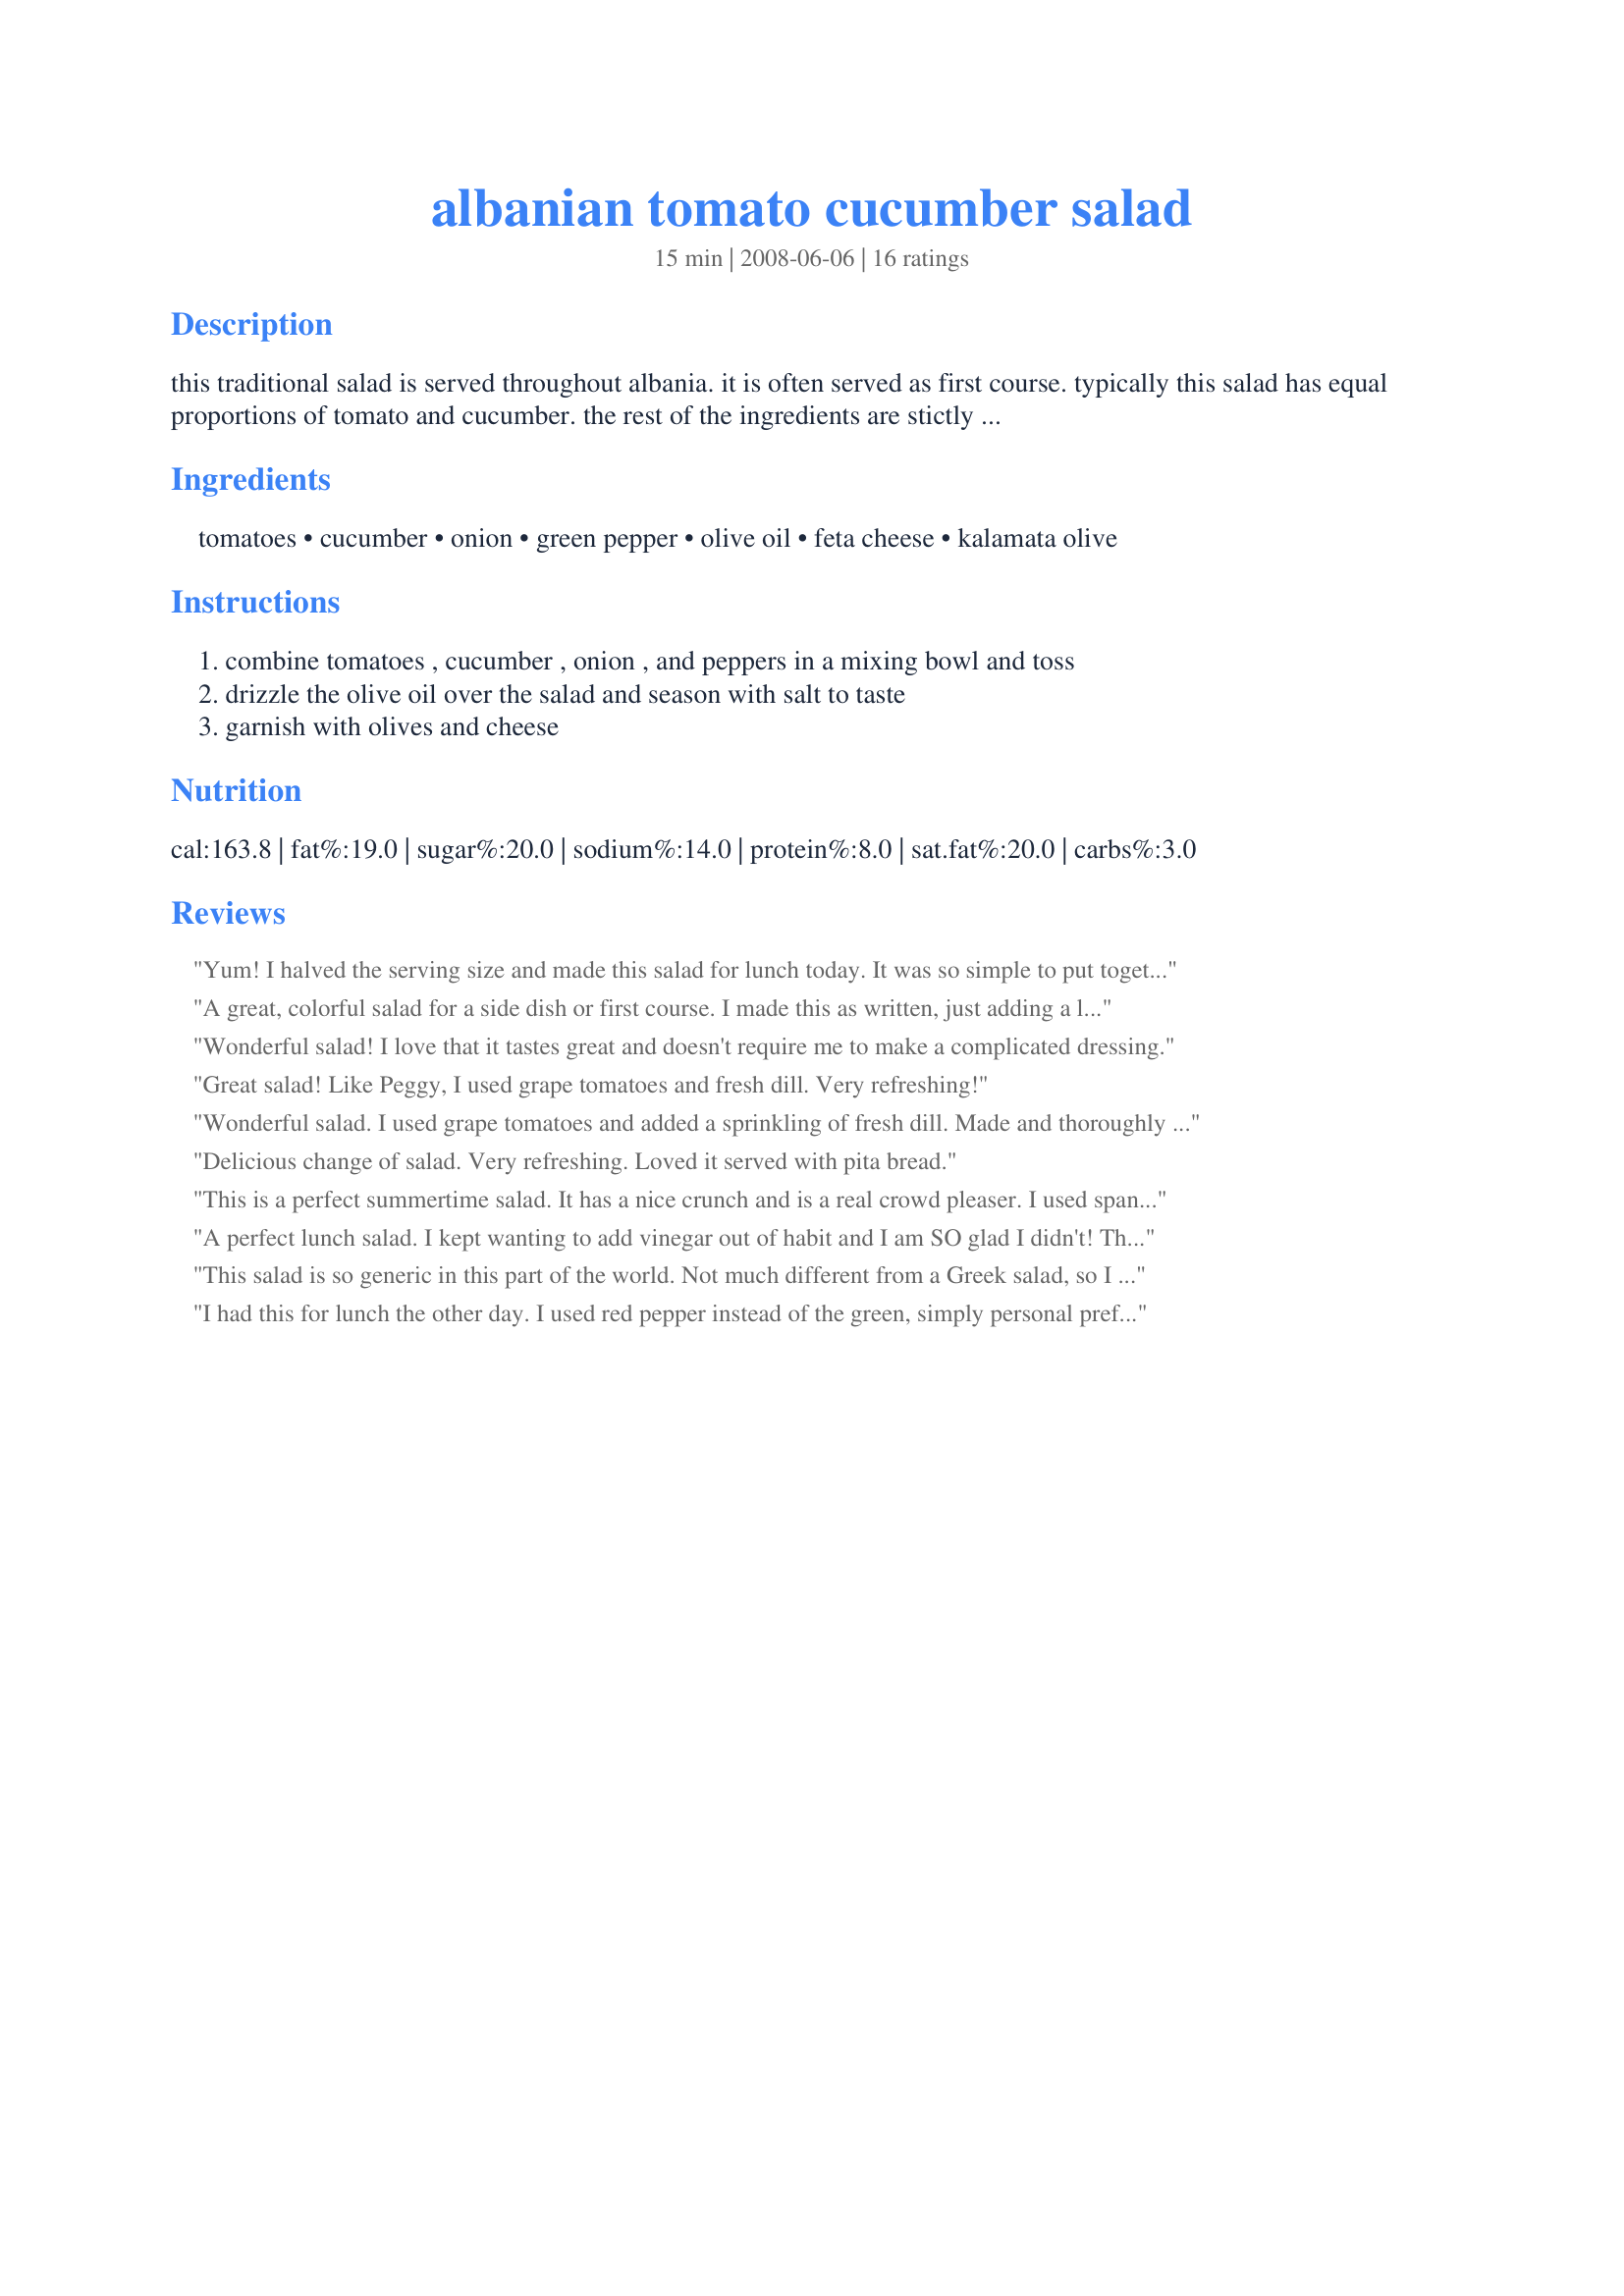
albanian tomato cucumber salad
Preparation time: 15 minutes

this traditional salad is served throughout albania. it is often served as first course. typically this salad has equal proportions of tomato and cucumber. the rest of the ingredients are stictly added based on personal preference. i got this recipe from some missionaries that have lived in albania for a long time. they made a cookbook with other missionaries called "from bugs to beans." posted for zwt 4.

Ingredients:
tomatoes, cucumber, onion, green pepper, olive oil, feta cheese, kalamata olive

Steps:
combine tomatoes , cucumber , onion , and peppers in a mixing bowl and toss, drizzle the olive oil over the salad and season with salt to taste, garnish with olives and cheese

Reviews:
Yum! I halved the serving size and made this salad for lunch today. It was so simple to put together and I like the fact it had most of my favourite ingredients so I ate the whole thing by myself. Thank you Enjolinfam - *Made for Zaar World Tour 4*
A great, colorful salad for a side dish or first course. I made this as written, just adding a little salt and pepper. I think next time I&#039;d add some fresh lemon juice and some fresh herbs just to enhance the flavor of those crisp veggies. Thanx for sharing!
Wonderful salad! I love that it tastes great and doesn't require me to make a complicated dressing.
Great salad! Like Peggy, I used grape tomatoes and fresh dill. Very refreshing!
Wonderful salad. I used grape tomatoes and added a sprinkling of fresh dill. Made and thoroughly enjoyed for Zaar World Tour.
Delicious change of salad. Very refreshing. Loved it served with pita bread.
This is a perfect summertime salad. It has a nice crunch and is a real crowd pleaser. I used spanish olives and along with the feta loved the bits of saltiness throughout the salad. I'll be making this one all summer long! Viva los Jefes!
A perfect lunch salad. I kept wanting to add vinegar out of habit and I am SO glad I didn't! This is a simple and perfect recipe. Eating it right now with a side of cottage cheese. Didn't take a photo, as mine wasn't NEAR as pretty as the one currently posted! Made for ZWT4.
This salad is so generic in this part of the world. Not much different from a Greek salad, so I knew the family would eat it up. Added some oregano to suit our tastes. Thanks.
I had this for lunch the other day. I used red pepper instead of the green, simply personal preference. I also added a splash of balsamic vinigar, which went well with the olive oil. Great tasty summer recipe, thanks for posting.
I ate this for a light supper in 96 degree heat today. I left out the green pepper, as I had none, and a cucumber fresh from the garden! Delicious and healthy too! Thanks Mollie!
Delish! I made this as directed except used extra virgin olive oil. What a yummy refreshing salad for lunch. The combination of the feta and Kalamata olives was great. Thanks Enjolinfam. Made for ZWT4.
This is a delicious salad, and all the farm is rejoicing to have so many fresh veggies available, once again. Perfect way to use and amplify the true taste of summer. I also got some wonderful artisan feta, coupled with some good olive oil, and a little bit of coarse ground sea salt this is wonderful! I used some red onions instead of the green onion, and tasted terrific!
Thanks so much Enjolinfam! Made for *ZWT4* June 2008.
Excellent salad! So easy to make too! I didn't have any mint, but I wonder if it would have given the salad an interesting twist. I'll try that next time.
so refreshing as a side for chicken and cous cous dinner in 112 degree heat! Used grape tomatoes cut in half. Added a little vinegar when I dressed it. 
Yummy
thanks
What a perfect summer salad! I halved this recipe and ate it for a light supper this evening. This couldn't be easier to make and the flavors blend together wonderfully. I can't wait to make this with fresh cucumbers and tomatoes from the garden. Made and reviewed for ZWT4. Thanks for a delicious recipe!
